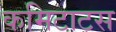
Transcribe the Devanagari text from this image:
कमिटाटस